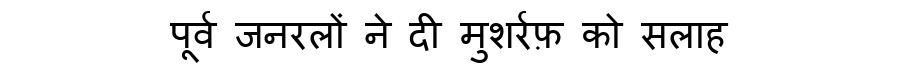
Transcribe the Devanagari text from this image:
पूर्व जनरलों ने दी मुशर्रफ़ को सलाह